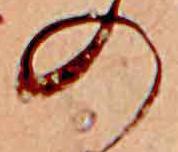
の